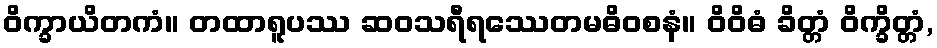
ဝိက္ခာယိတကံ။ တထာရူပဿ ဆဝသရီရဿေတမဓိဝစနံ။ ဝိဝိဓံ ခိတ္တံ ဝိက္ခိတ္တံ,